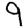
Digit: 9